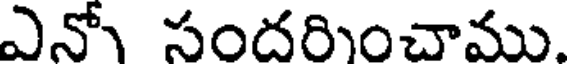
ఎనో సందరించాము.